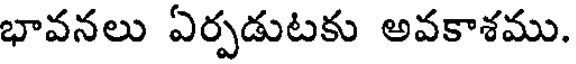
భావనలు ఏర్పడుటకు అవకాశము.